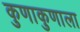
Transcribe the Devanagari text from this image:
कुणाकुणाला